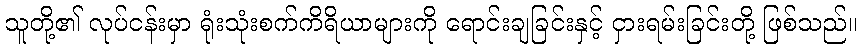
သူတို့၏ လုပ်ငန်းမှာ ရုံးသုံးစက်ကိရိယာများကို ရောင်းချခြင်းနှင့် ငှားရမ်းခြင်းတို့ ဖြစ်သည်။